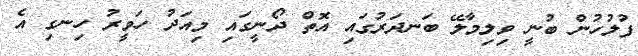
ފުލުހުން ބުނީ ވިލިމާލޭ ބަނދަރުގައި އޮތް ދޯނީގައި މިއަދު ހަވީރު ހިނގި އެ